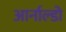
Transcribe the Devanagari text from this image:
आर्नाल्डो